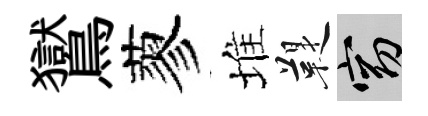
鸑蓼堆鞮窈